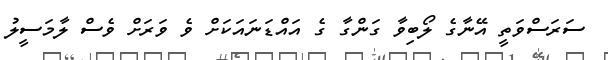
ސަރަސްވަތީ އޭނާގެ ލޯބިވާ ގަންގާ ގެ އައްޑަނައަކަށް ވެ ވަރަށް ވެސް ލާމަސީލު